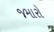
જમારો